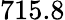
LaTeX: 715.8